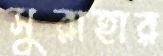
সুরাহার